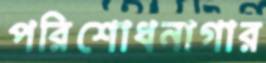
পরিশোধনাগার